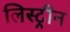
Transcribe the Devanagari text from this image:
लिस्ट्रीन